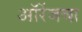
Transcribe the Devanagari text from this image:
ऑरेंजचा